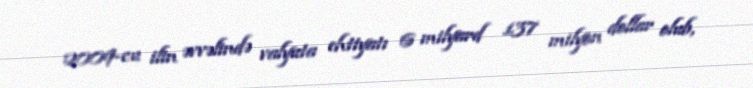
2009-cu ilin əvvəlində valyuta ehtiyatı 6 milyard 137 milyon dollar olub,